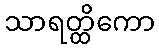
သာရတ္ထိကော